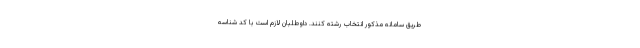
طریق سامانه مذکور انتخاب رشته کنند. داوطلبان لازم است با کد شناسه